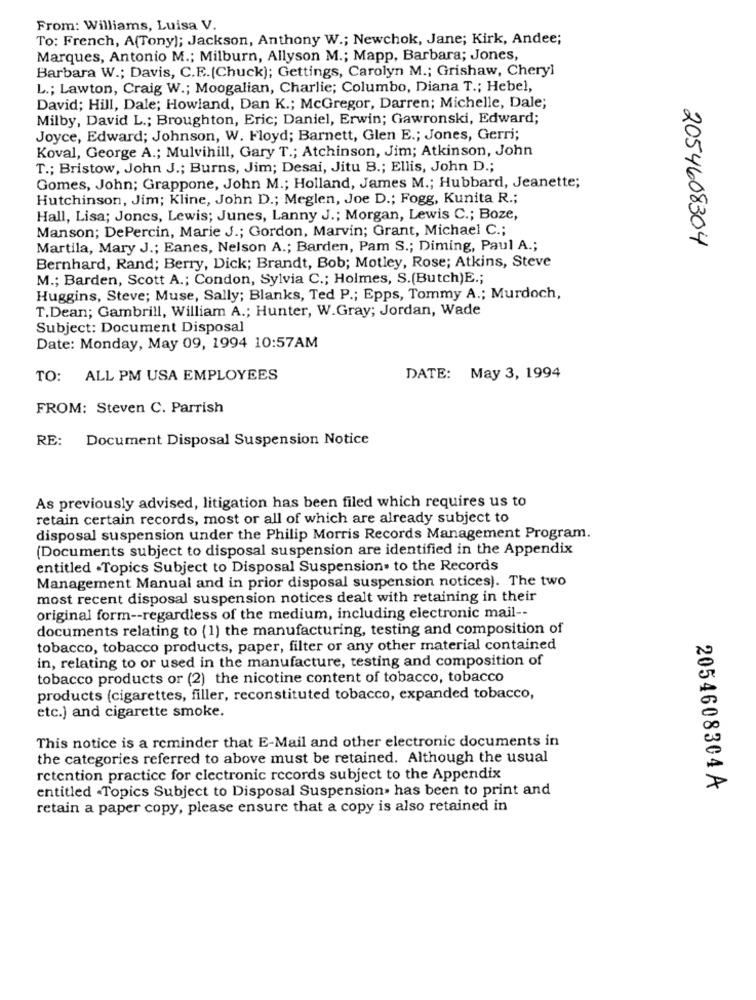
From: Williams, Luisa V.
To: French, A(Tony); Jackson, Anthony W .; Newchok, Jane; Kirk, Andee;
Marques, Antonio M .; Milburn, Allyson M .; Mapp, Barbara; Jones,
Barbara W .; Davis, C.E.(Chuck); Gettings, Carolyn M .; Grishaw, Cheryl
L .; Lawton, Craig W .; Moogalian, Charlie; Columbo, Diana T .; Hebel,
David; Hill, Dale; Howland, Dan K .; McGregor, Darren; Michelle, Dale;
Milby, David L .; Broughton, Eric; Daniel, Erwin; Gawronski, Edward;
Joyce, Edward; Johnson, W. Floyd; Barnett, Glen E .; Jones, Gerri;
Koval, George A .; Mulvihill, Gary T .; Atchinson, Jim; Atkinson, John
T .; Bristow, John J .; Burns, Jim; Desai, Jitu B .; Ellis, John D .;
Gomes, John; Grappone, John M .; Holland, James M .; Hubbard, Jeanette;
Hutchinson, Jim; Kline, John D .; Meglen, Joe D .; Fogg, Kunita R .;
Hall, Lisa; Jones, Lewis; Junes, Lanny J .; Morgan, Lewis C .; Boze,
Manson; DePercin, Marie J .; Gordon, Marvin; Grant, Michael C .;
Martila, Mary J .; Eanes, Nelson A .; Barden, Pam S .; Diming, Paul A .;
2054608304
Bernhard, Rand; Berry, Dick; Brandt, Bob; Motley, Rose; Atkins, Steve
M .; Barden, Scott A .; Condon, Sylvia C .; Holmes, S.(Butch)E .;
Huggins, Steve; Muse, Sally; Blanks, Ted P .; Epps, Tommy A .; Murdoch,
T.Dean; Gambrill, William A .; Hunter, W.Gray; Jordan, Wade
Subject: Document Disposal
Date: Monday, May 09, 1994 10:57AM
TO: ALL PM USA EMPLOYEES
DATE: May 3, 1994
FROM: Steven C. Parrish
RE: Document Disposal Suspension Notice
As previously advised, litigation has been filed which requires us to
retain certain records, most or all of which are already subject to
disposal suspension under the Philip Morris Records Management Program.
(Documents subject to disposal suspension are identified in the Appendix
entitled .Topics Subject to Disposal Suspension. to the Records
Management Manual and in prior disposal suspension notices). The two
most recent disposal suspension notices dealt with retaining in their
original form -- regardless of the medium, including electronic mail --
documents relating to (1) the manufacturing, testing and composition of
tobacco, tobacco products, paper, filter or any other material contained
in, relating to or used in the manufacture, testing and composition of
tobacco products or (2) the nicotine content of tobacco, tobacco
products (cigarettes, filler, reconstituted tobacco, expanded tobacco,
etc.) and cigarette smoke.
This notice is a reminder that E-Mail and other electronic documents in
the categories referred to above must be retained. Although the usual
retention practice for electronic records subject to the Appendix
entitled -Topics Subject to Disposal Suspension. has been to print and
2054608304 A
retain a paper copy, please ensure that a copy is also retained in